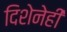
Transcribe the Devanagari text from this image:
दिशेनेही